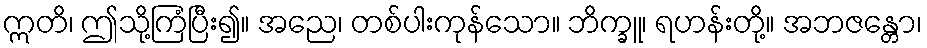
ဣတိ၊ ဤသို့ကြံပြီး၍။ အညေ၊ တစ်ပါးကုန်သော။ ဘိက္ခူ၊ ရဟန်းတို့။ အဘဇန္တော၊